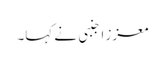
معزز اجنبی نے کہا۔